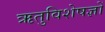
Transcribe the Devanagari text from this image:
ऋतुविशेषज्ञों